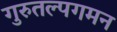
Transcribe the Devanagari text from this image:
गुरुतल्पगमन